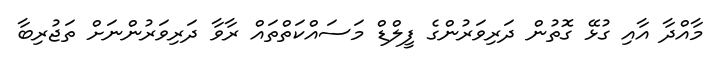
މާއްދާ އާއި ގުޅޭ ގޮތުން ދަރިވަރުންގެ ފީލްޑް މަސައްކަތްތައް ރާވާ ދަރިވަރުންނަށް ތަޖުރިބާ